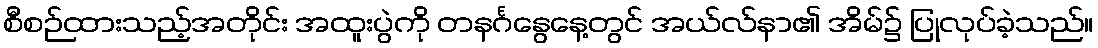
စီစဉ်ထားသည့်အတိုင်း အထူးပွဲကို တနင်္ဂနွေနေ့တွင် အယ်လ်နာ၏ အိမ်၌ ပြုလုပ်ခဲ့သည်။